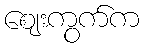
ဈေးကွက်က